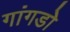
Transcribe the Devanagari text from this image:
गांगडोे